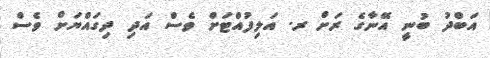
އަބްދު ބުނީ އޭނާގެ ރަށް ރ. އަލިފުއްޓަށް ވެސް އަދި ދިގައްޔަށް ވެސް